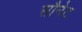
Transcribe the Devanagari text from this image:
सौनेट